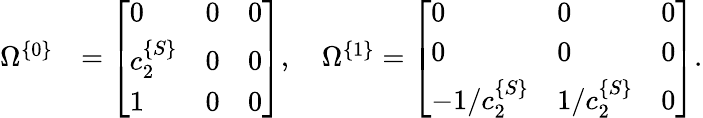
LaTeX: \begin{array}{rl}{\Omega^{\{ 0\} }}&{=\left[\begin{array}{lll}{0}&{0}&{0}\\ {c_{2}^{\{ S\} }}&{0}&{0}\\ {1}&{0}&{0}\end{array}\right],\quad\Omega^{\{ 1\} }=\left[\begin{array}{lll}{0}&{0}&{0}\\ {0}&{0}&{0}\\ {-1/c_{2}^{\{ S\} }}&{1/c_{2}^{\{ S\} }}&{0}\end{array}\right].}\end{array}